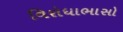
વિરોધાભાસો